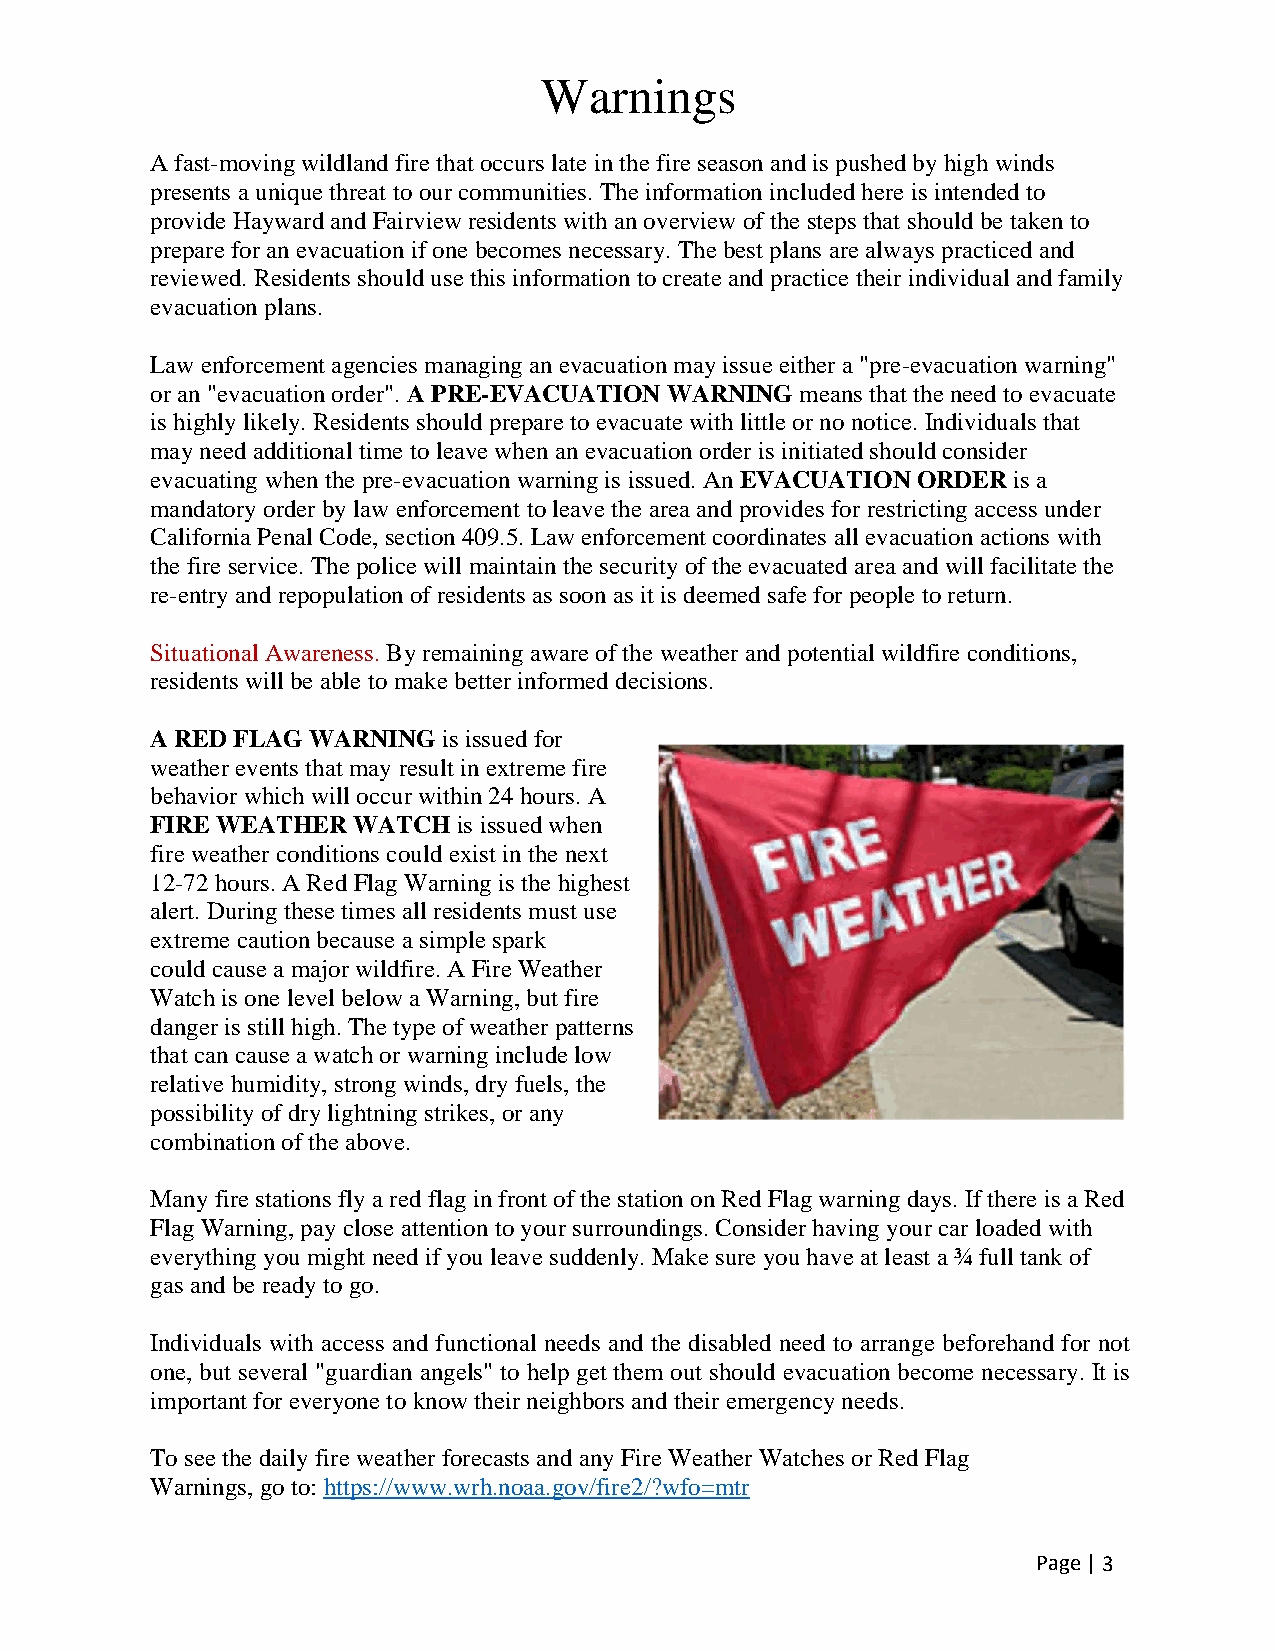
Warnings
 A fast-moving wildland fire that occurs late in the fire season and is pushed by high winds
 presents a unique threat to our communities. The information included here is intended to
 provide Hayward and Fairview residents with an overview of the steps that should be taken to
 prepare for an evacuation if one becomes necessary. The best plans are always practiced and
 reviewed. Residents should use this information to create and practice their individual and family
 evacuation plans.
 Law enforcement agencies managing an evacuation may issue either a "pre-evacuation warning"
 or an "evacuation order". A PRE-EVACUATION WARNING means that the need to evacuate
 is highly likely. Residents should prepare to evacuate with little or no notice. Individuals that
 may need additional time to leave when an evacuation order is initiated should consider
 evacuating when the pre-evacuation warning is issued. An EVACUATION ORDER is a
 mandatory order by law enforcement to leave the area and provides for restricting access under
 California Penal Code, section 409.5. Law enforcement coordinates all evacuation actions with
 the fire service. The police will maintain the security of the evacuated area and will facilitate the
 re-entry and repopulation of residents as soon as it is deemed safe for people to return.
 Situational Awareness. By remaining aware of the weather and potential wildfire conditions,
 residents will be able to make better informed decisions.
 A RED FLAG WARNING is issued for
 weather events that may result in extreme fire
 behavior which will occur within 24 hours. A
 FIRE WEATHER WATCH  is issued when
 fire weather conditions could exist in the next
 12-72 hours. A Red Flag Warning is the highest
 alert. During these times all residents must use
 extreme caution because a simple spark
 could cause a major wildfire. A Fire Weather
 Watch is one level below a Warning, but fire
 danger is still high. The type of weather patterns
 that can cause a watch or warning include low
 relative humidity, strong winds, dry fuels, the
 possibility of dry lightning strikes, or any
 combination of the above.
 Many fire stations fly a red flag in front of the station on Red Flag warning days. If there is a Red
 Flag Warning, pay close attention to your surroundings. Consider having your car loaded with
 everything you might need if you leave suddenly. Make sure you have at least a ¾ full tank of
 gas and be ready to go.
 Individuals with access and functional needs and the disabled need to arrange beforehand for not
 one, but several "guardian angels" to help get them out should evacuation become necessary. It is
 important for everyone to know their neighbors and their emergency needs.
 To see the daily fire weather forecasts and any Fire Weather Watches or Red Flag
 Warnings, go to: https://www.wrh.noaa.gov/fire2/?wfo=mtr
 Page | 3